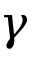
\gamma